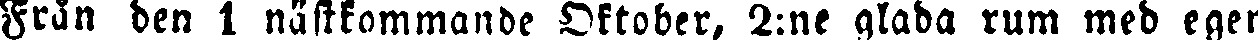
Från den 1 nästkommande Oktober, 2:ne glada rum med egen